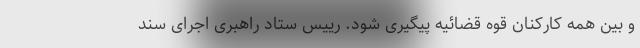
و بین همه کارکنان قوه قضائیه پیگیری شود. رییس ستاد راهبری اجرای سند